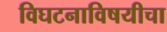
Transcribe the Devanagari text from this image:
विघटनाविषयीचा